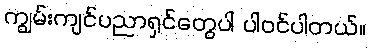
ကျွမ်းကျင်ပညာရှင်တွေပါ ပါဝင်ပါတယ်။